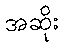
အဆိုး